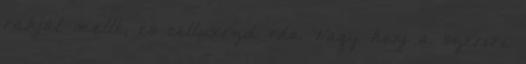
rakjál mellé, és celluxozd oda Vagy kenj a szervre